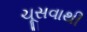
ચૂસવાથી